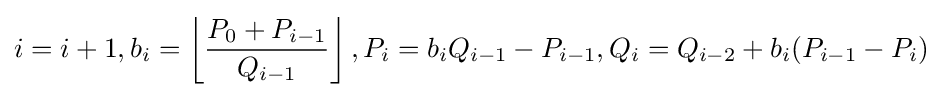
i=i+1,b_{i}=\left\lfloor {\frac {P_{0}+P_{i-1}}{Q_{i-1}}}\right\rfloor ,P_{i}=b_{i}Q_{i-1}-P_{i-1},Q_{i}=Q_{i-2}+b_{i}(P_{i-1}-P_{i})